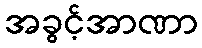
အခွင့်အာဏာ